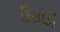
કિસીકી